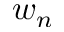
w _ { n }